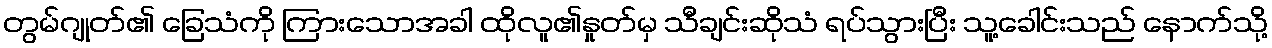
တွမ်ဂျုတ်၏ ခြေသံကို ကြားသောအခါ ထိုလူ၏နှုတ်မှ သီချင်းဆိုသံ ရပ်သွားပြီး သူ့ခေါင်းသည် နောက်သို့